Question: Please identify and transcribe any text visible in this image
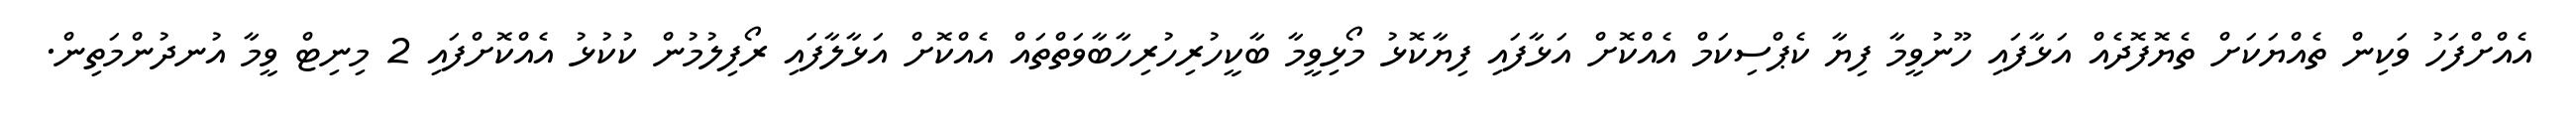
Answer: އެއްށްފަހު ވަކިން ތެއްޔަކަށް ތެޔޮފޮދެއް އަޅާފައި ހޫނުވީމާ ފިޔާ ކެޕްސިކަމް އެއްކޮށް އަޅާފައި ފިޔާކޮޅު މޯޅިވީމާ ބާކީހުރިހުރިހާބާވަތްތައް އެއްކޮށް އަޅާލާފައި ރޯފިލުމުން ކުކުޅު އެއްކޮށްފައި 2 މިނިޓް ވީމާ އުނދުންމަތިން.